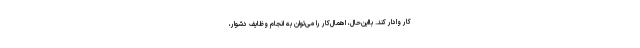
کار وادار کند. بااین‌حال، اهمال‌کار را می‌توان به انجام وظایف دشوار،